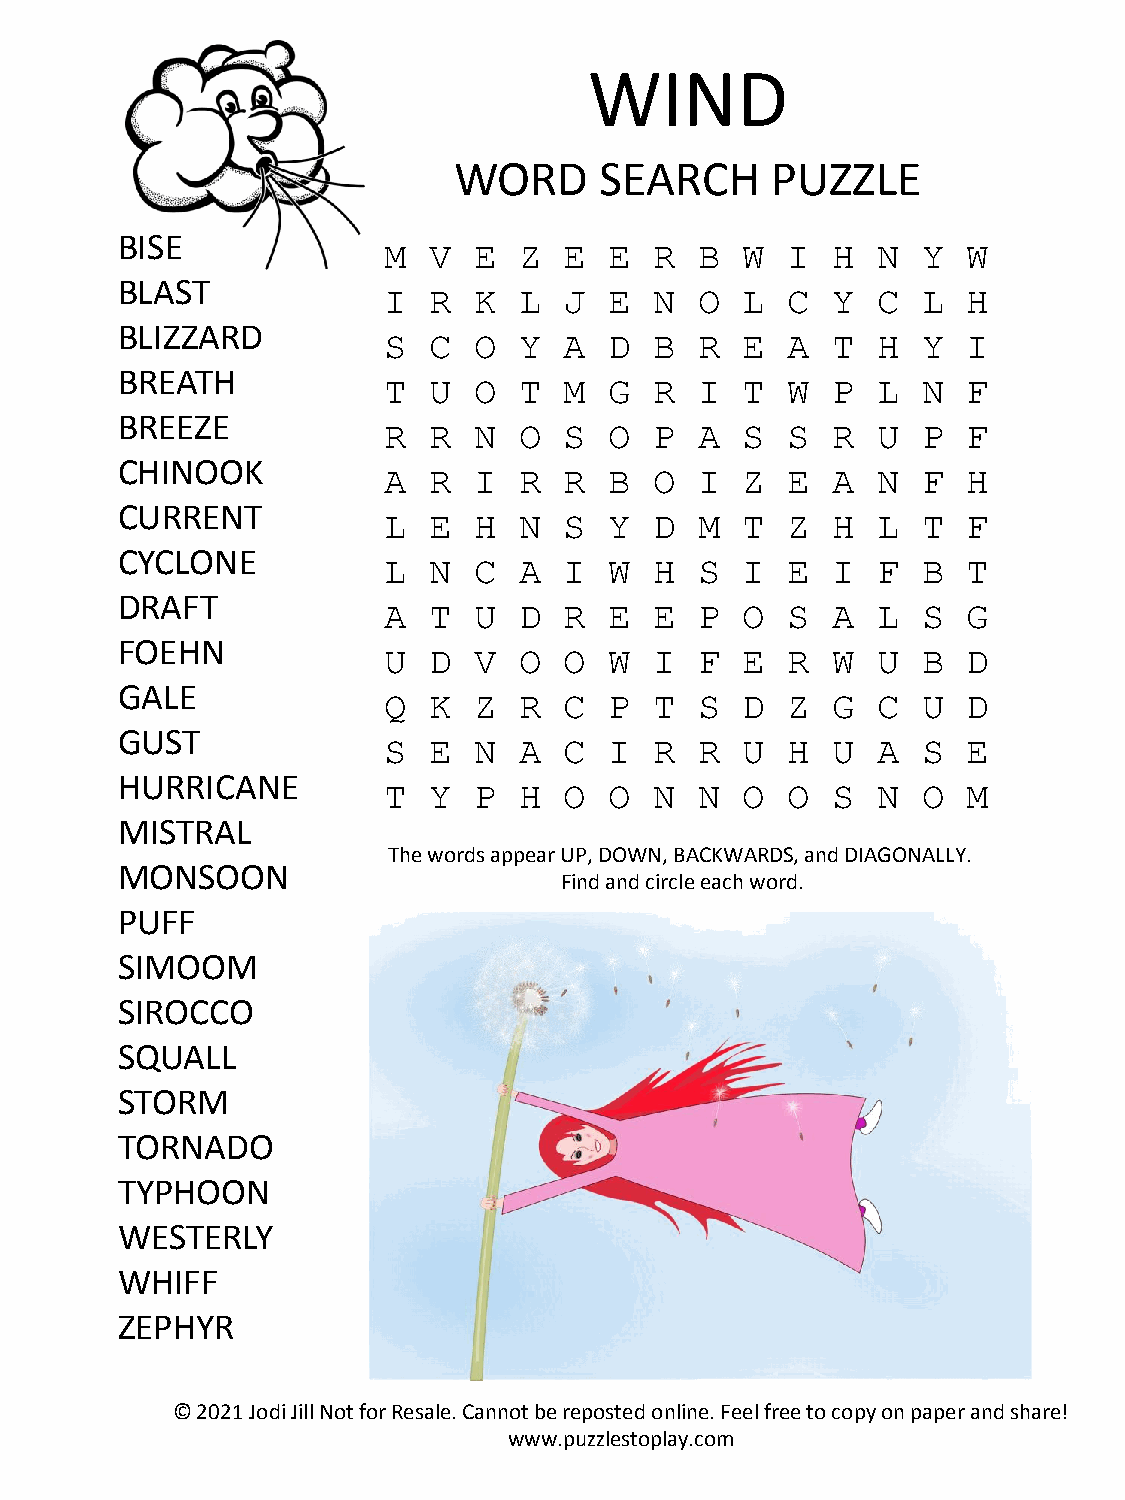
WIND
 WORD      SEARCH     PUZZLE
 BISE
 M  V  E  Z  E  E  R  B  W  I  H  N  Y  W
 BLAST
 I  R  K  L  J  E  N  O  L  C  Y  C  L  H
 BLIZZARD
 S  C  O  Y  A  D  B  R  E  A  T  H  Y  I
 BREATH
 T  U  O  T  M  G  R  I  T  W  P  L  N  F
 BREEZE
 R  R  N  O  S  O  P  A  S  S  R  U  P  F
 CHINOOK
 A  R  I  R  R  B  O  I  Z  E  A  N  F  H
 CURRENT
 L  E  H  N  S  Y  D  M  T  Z  H  L  T  F
 CYCLONE
 L  N  C  A  I  W  H  S  I  E  I  F  B  T
 DRAFT
 A  T  U  D  R  E  E  P  O  S  A  L  S  G
 FOEHN
 U  D  V  O  O  W  I  F  E  R  W  U  B  D
 GALE
 Q  K  Z  R  C  P  T  S  D  Z  G  C  U  D
 GUST
 S  E  N  A  C  I  R  R  U  H  U  A  S  E
 HURRICANE
 T  Y  P  H  O  O  N  N  O  O  S  N  O  M
 MISTRAL
 The words appear UP, DOWN, BACKWARDS, and DIAGONALLY.
 MONSOON
 Find and circle each word.
 PUFF
 SIMOOM
 SIROCCO
 SQUALL
 STORM
 TORNADO
 TYPHOON
 WESTERLY
 WHIFF
 ZEPHYR
 © 2021 Jodi Jill Not for Resale. Cannot be reposted online. Feel free to copy on paper and share!
 www.puzzlestoplay.com